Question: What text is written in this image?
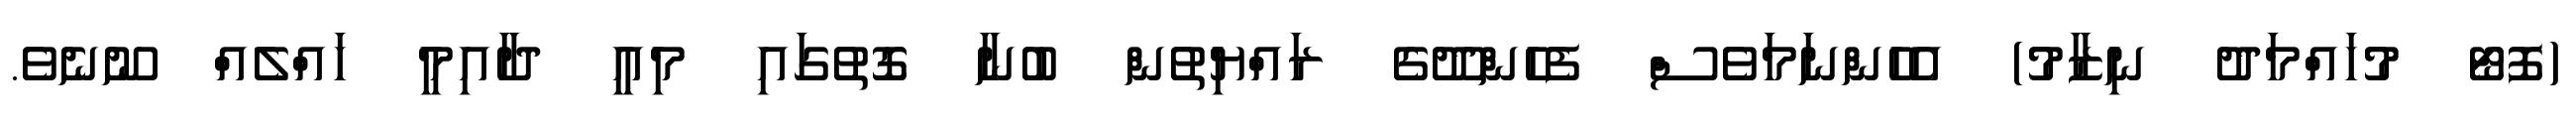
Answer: (ފޮޓޯ މުހައްމަދު ނިޒާމު) އެހެންނަމަވެސް ފެހެންދޫގެ ރައްޔިތުން ބުނާ ގޮތުގައި މިއީ ދާއިމީ ހައްލެއް ނޫނެވެ.